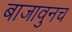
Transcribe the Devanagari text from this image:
बाजावुनच